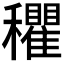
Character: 𰩃